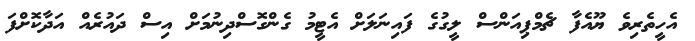
އެހީތެރިވެ ޔޫއެފާ ޗެމްޕިއަންސް ލީގުގެ ފައިނަލަށް އެޓީމު ގެންގޮސްދިނުމަށް އިސް ދައުރެއް އަދާކޮށްފަ